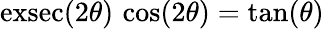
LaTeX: \operatorname{exsec}(2\theta)\, \cos(2\theta)=\tan(\theta)